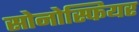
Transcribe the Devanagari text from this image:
सोनोस्फियर